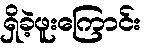
ရှိခဲ့ဖူးကြောင်း